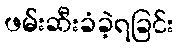
ဖမ်းဆီးခံခဲ့ရခြင်း